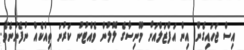
އިސް ޖަހައިގެން އިން އަފްޒަލްއަށް މޫނިސާގެ ލޮލުން ވެއްޓުނު ކަރުނަ ތިއްކެއް ނުފެނުނެވެ.